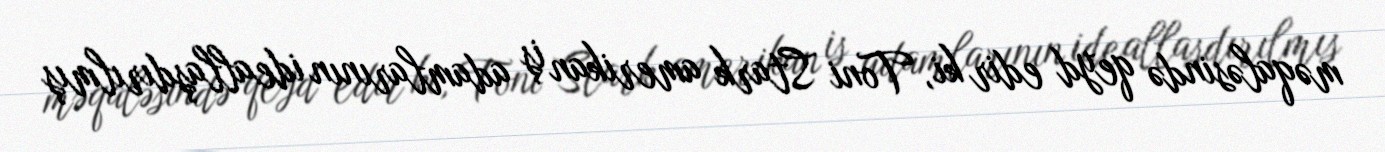
məqaləsində qeyd edir ki, Toni Stark amerikan iş adamlarının ideallaşdırılmış